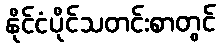
နိုင်ငံပိုင်သတင်းစာတွင်